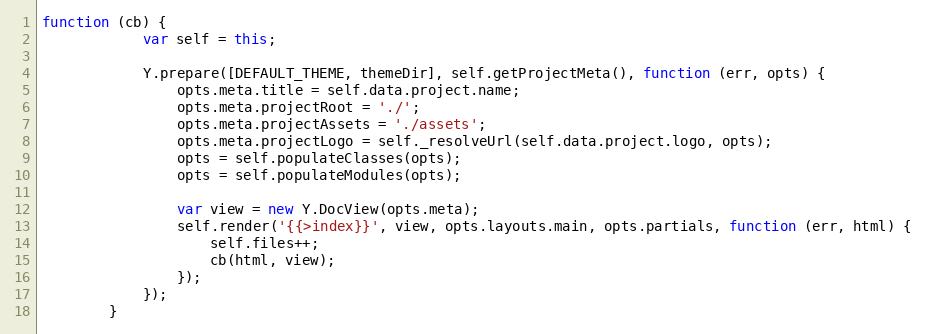
Language: JavaScript
function (cb) {
            var self = this;

            Y.prepare([DEFAULT_THEME, themeDir], self.getProjectMeta(), function (err, opts) {
                opts.meta.title = self.data.project.name;
                opts.meta.projectRoot = './';
                opts.meta.projectAssets = './assets';
                opts.meta.projectLogo = self._resolveUrl(self.data.project.logo, opts);
                opts = self.populateClasses(opts);
                opts = self.populateModules(opts);

                var view = new Y.DocView(opts.meta);
                self.render('{{>index}}', view, opts.layouts.main, opts.partials, function (err, html) {
                    self.files++;
                    cb(html, view);
                });
            });
        }